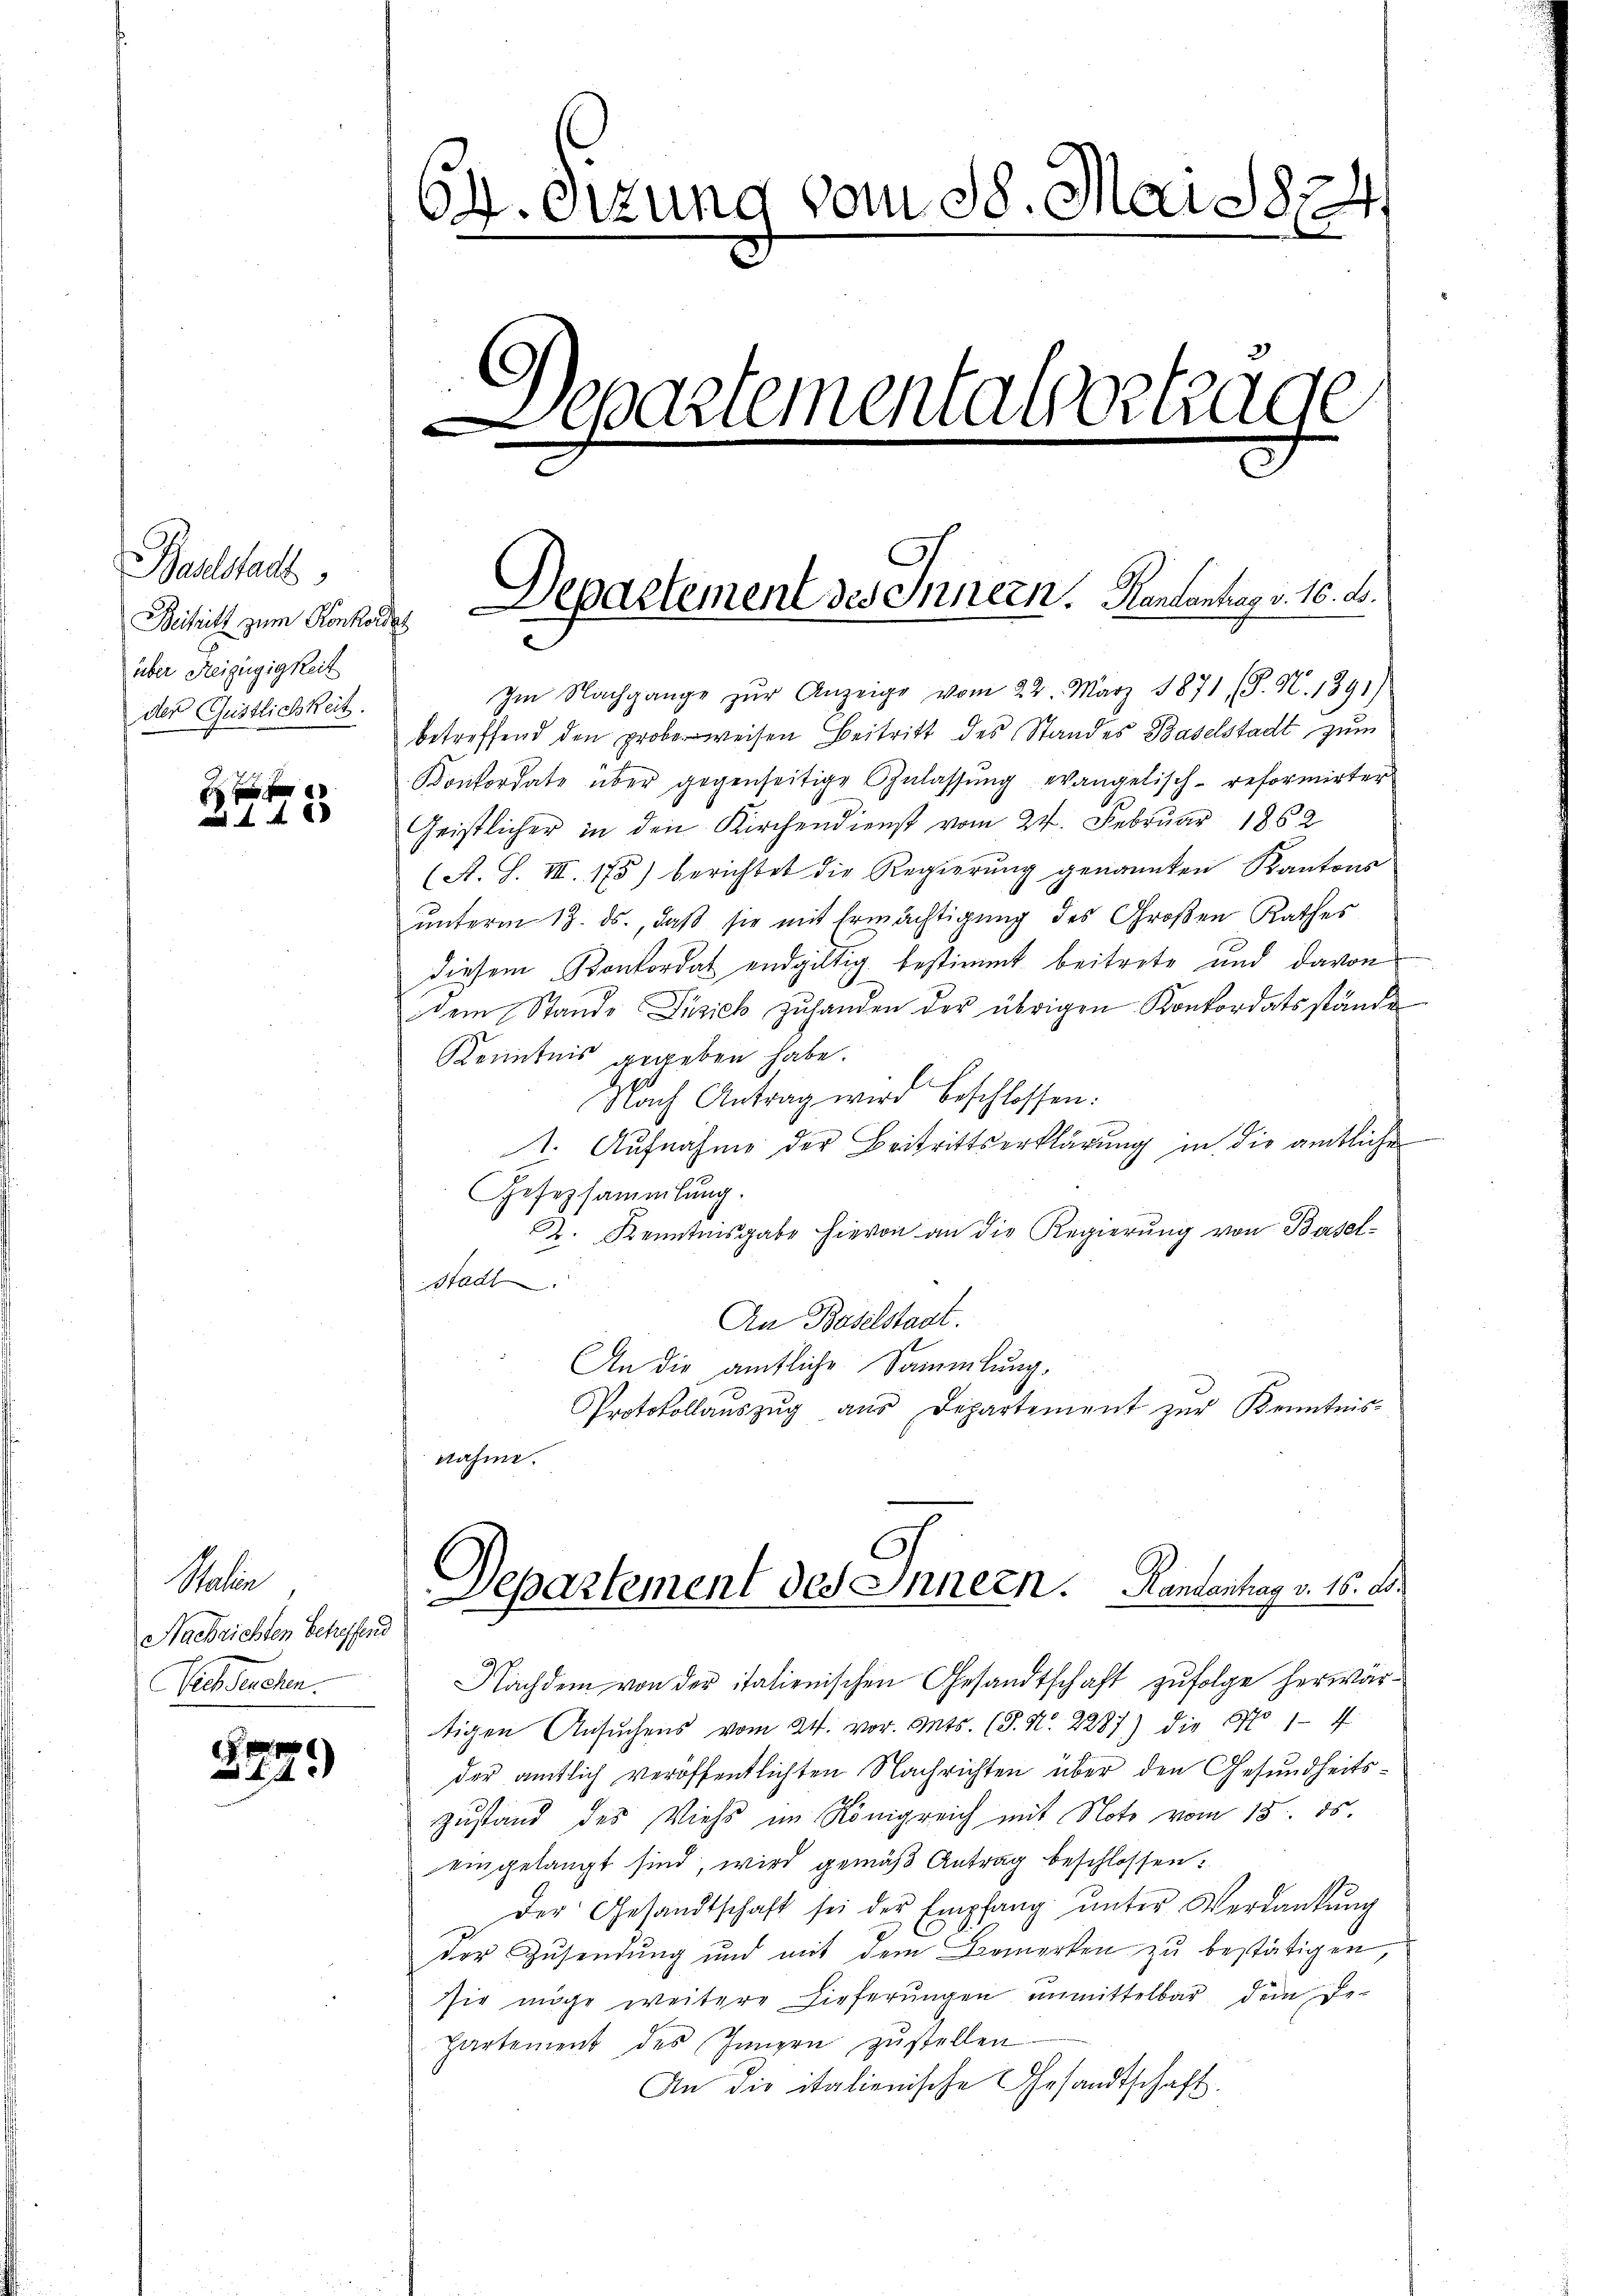
Baselstadt
Beihil zum Konkordat
über Reizügigkeit
der Geistlichkeit.

80

Satin
Nachrichten betreffend
Schdecker.

440

64. Sizung vom 18. Mai 1824.
Departemental betrage

Departement des Innern. Kantantrag v. 16. A.

Im Nachgange zŭr Anzeige vom 22. März 1871 (P. N. 1391)
betreffend den probe weisen Beitritt des Standes Baselstadt zum
Konkordate über gegenseitige Anlassŭng evangelisch-reformirter
Geistlicher in den Kirchendienst vom 24. Februar 1862
(A. S. III 175) berichtet die Regierung genannten Kantons
ŭnterm 13. ds., daβ sie mit Ermächtigung des Großen Rathes
diesem Konkordat endgültig bestimmt beitrete und davon
dem Stande Püsich zŭhanden der übrigen Konkordatsstände
Kenntnis gegeben habe.
Nach Antrag wird beschlossen:
1. Aufnahme der Beitrittserklärung in die amtliche
Gesezsammlung.
D. Kenntnisgabe hievon an die Regierung von Basel-
Stadt
An Baselstaat.
An die ämtliche Sammlung,
Protokollaŭszŭg aŭs Departement zŭr Kenntnis-
nahme.
Separtement des Innern. Randantrag v. 16. d.
Nachdem von der italienischen Gesandtschaft zŭfolge herwär-
tigen Ansuchens vom 24. vor. Mts. (T. N. 2287) die No 1-4
der amtlich veröffentlichten Nachrichten über den Gesundheitszustand des Viehs im Königreich mit Note vom 15. 85.
eingelangt sind, wird gemäβ Antrag beschlossen:
Der Gesandtschaft sei der Empfang ŭnter Verdankŭng
der Zusendung und mit dem Bemerken zu bestätigen,
sie müge weitere Lieferungen unmittelbar den De-
partement des Inngen zustellen
An die italienische Gesandtschaft.